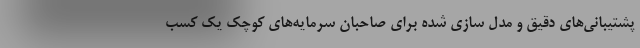
پشتیبانی‌های دقیق و مدل سازی شده برای صاحبان سرمایه‌های کوچک یک کسب